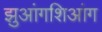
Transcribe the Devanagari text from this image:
झुआंगशिआंग